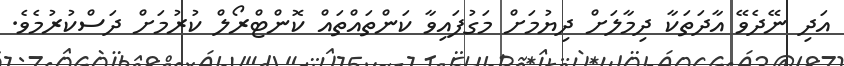
އަދި ނޭދެވޭ އާދަތަކާ ދިމާލަށް ދިޔުމަށް މަގުފައިވާ ކަންތައްތައް ކޮންޓްރޯލް ކުރުމަށް ދަސްކުރުމެވެ.